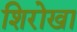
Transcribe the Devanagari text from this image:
शिरोखा